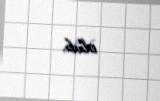
olub.